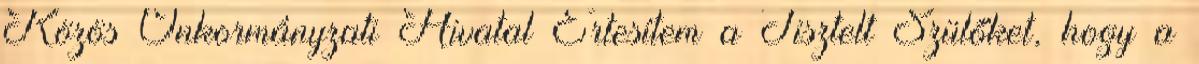
Közös Önkormányzati Hivatal Értesítem a Tisztelt Szülőket, hogy a